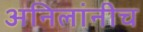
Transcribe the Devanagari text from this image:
अनिलांनीच